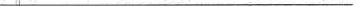
___